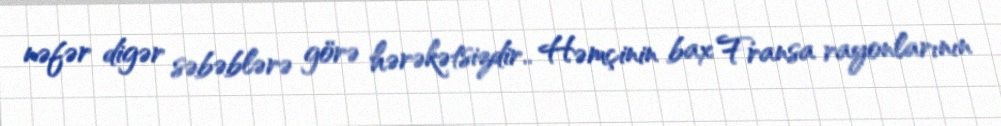
nəfər digər səbəblərə görə hərəkətsizdir.. Həmçinin bax Fransa rayonlarının